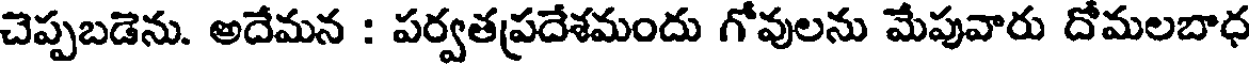
చెప్పబడెను. అదేమన : పర్వతప్రదేశమందు గోవులను మేపువారు దోమలబాధ